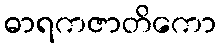
ဓာရကဇာတိကော